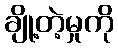
ချို့တဲ့မှုကို